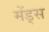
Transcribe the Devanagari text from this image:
मेंड्स